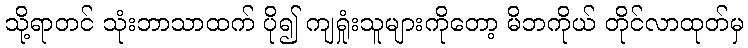
သို့ရာတင် သုံးဘာသာထက် ပို၍ ကျရှုံးသူများကိုတော့ မိဘကိုယ် တိုင်လာထုတ်မှ